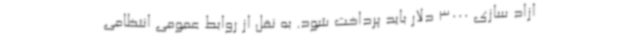
ازاد سازی 3000 دلار باید پرداخت شود. به نقل از روابط عمومی انتظامی